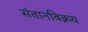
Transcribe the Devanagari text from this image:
संतानविक्रय